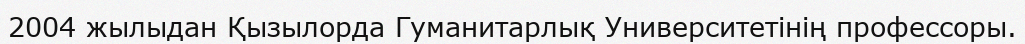
2004 жылыдан Қызылорда Гуманитарлық Университетінің профессоры.